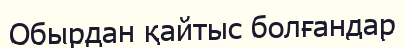
Обырдан қайтыс болғандар